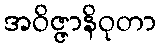
အဝိဇ္ဇာနိဝုတာ